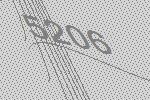
5206